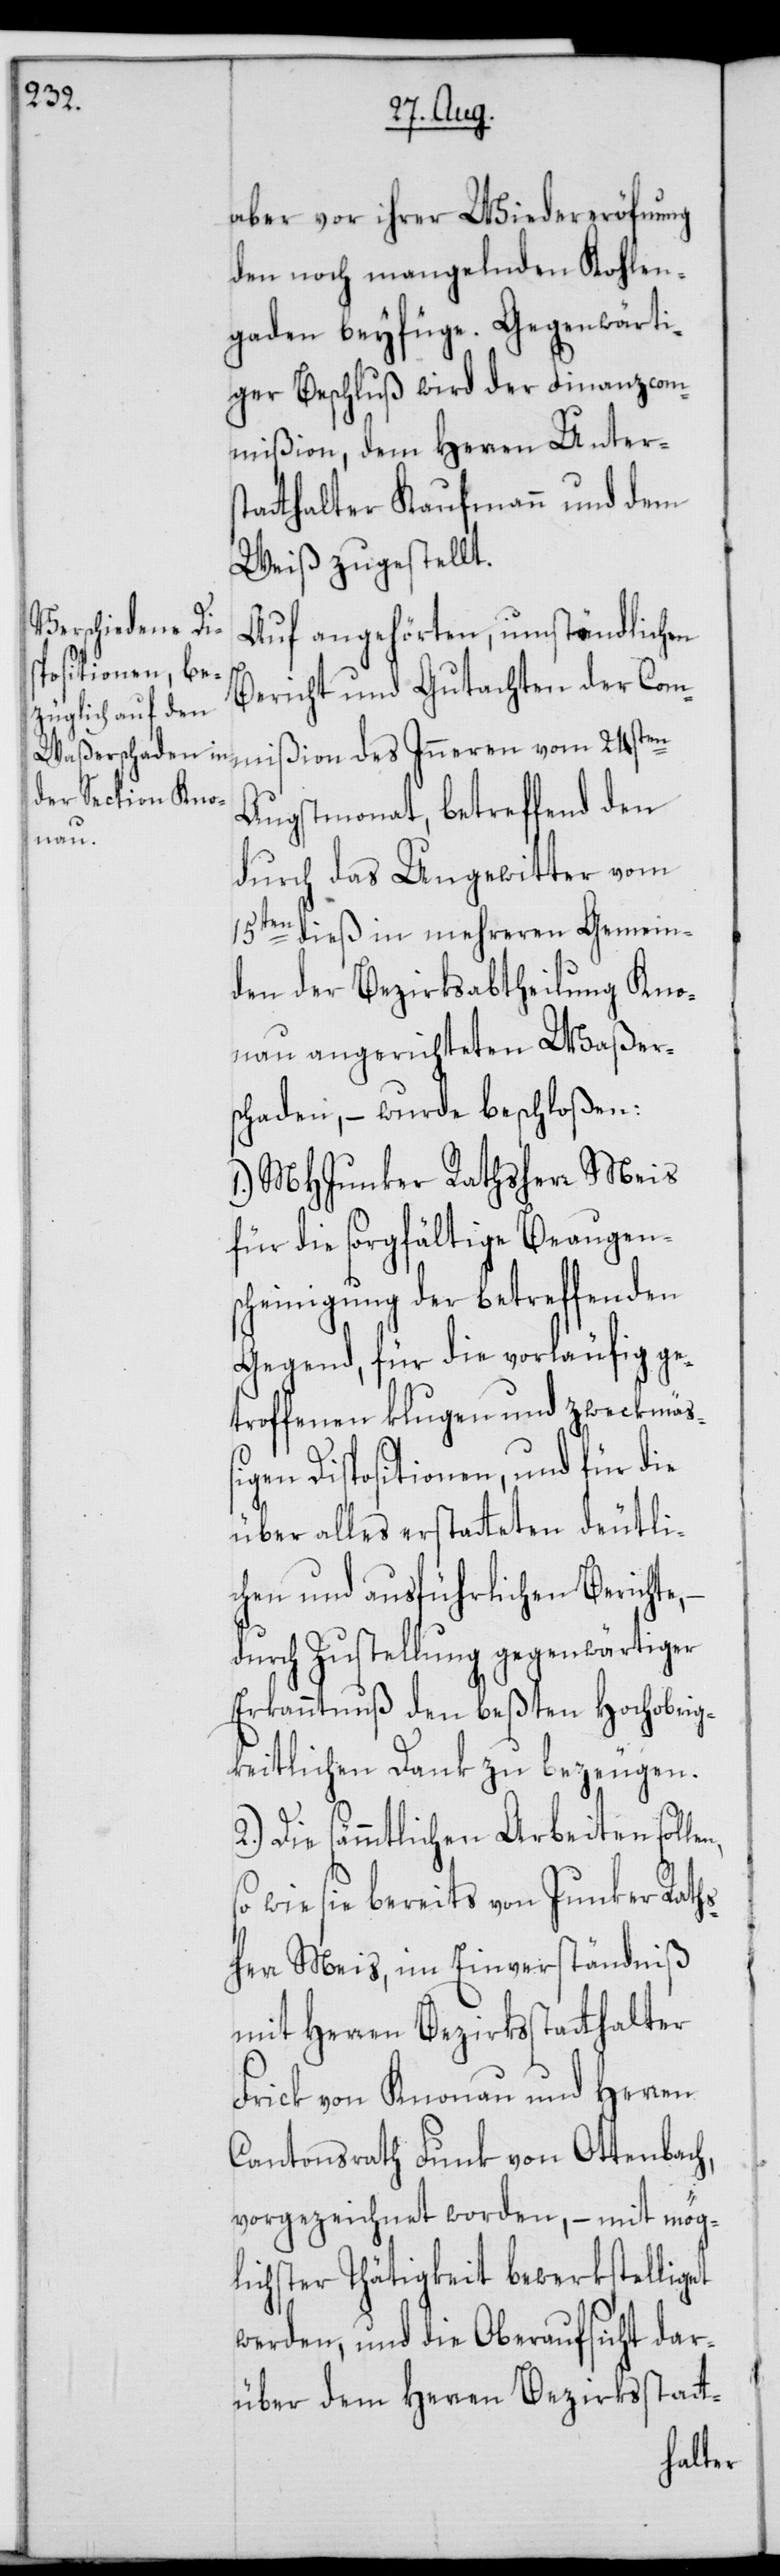
mißion

aber vor ihrer Wiedereröfnung
den noch mangelnden Kohlen¬
gaden beyfüge. Gegenwärti¬
ger Beschluß wird der Finanzcom¬
mißion, dem Herren Unters¬
tatthalter Kaufmann und dem
Weiß zugestellt.
Auf angehörten, umständlichen
Bericht und Gutachten der Com¬
Augstmonat, betreffend den
n, s¬
durch das Ungewitter vom
15ten dieß in mehreren Gemein¬
den der Bezirksabtheilung Kno¬
nau angerichteten Waßer¬
schaden, – wurde beschloßen:
1.) MHJunker Rathsherr Meis
für die sorgfältige Beaugen¬
scheinigung der betreffenden
Gegend, für die vorläufig ge¬
troffenen klugen und zweckmäß¬
igen Dispositionen, und für die
über alles erstatteten deutli¬
chen und ausführlichen Berichte,
durch Zustellung gegenwärtiger
Erkanntnuß den beßten Hochobrig¬
keitlichen Dank zu bezeugen.
2.) Die sämmtlichen Arbeiten solle¬
o wie sie bereits von Junker Raths¬
herr Meis, im Einverständniß
mit Herren Bezirksstatthalter
Frick von Knonau und Herren
Cantonsrath Funk von Ottenbach,
vorgezeichnet worden, – mit mög¬
lichster Thätigkeit bewerkstelliget
werden, und die Oberaufsicht dar¬
über dem Herren Bezirksstatt-